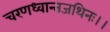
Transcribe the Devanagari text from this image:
चरणध्वान्तजथिनः।।